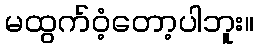
မထွက်ဝံ့တော့ပါဘူး။